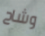
وشاح